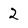
Character: 2